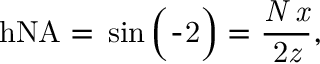
\mathrm { { h N A } = \mathrm { { } \sin \left( \frac { \it { \Omega } } { \it { \Omega } } { { 2 } } \right) = \frac { \it { N \Delta x } } { 2 \it { z } } , } }